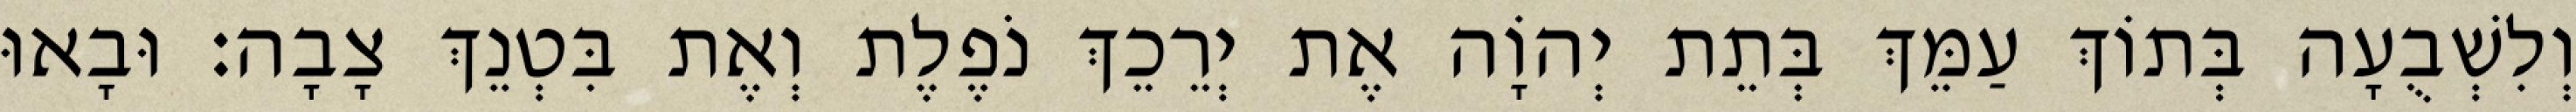
וְלִשְׁבֻעָה בְּתוֹךְ עַמֵּךְ בְּתֵת יְהוָֹה אֶת יְרֵכֵךְ נֹפֶלֶת וְאֶת בִּטְנֵךְ צָבָה׃ וּבָאוּ